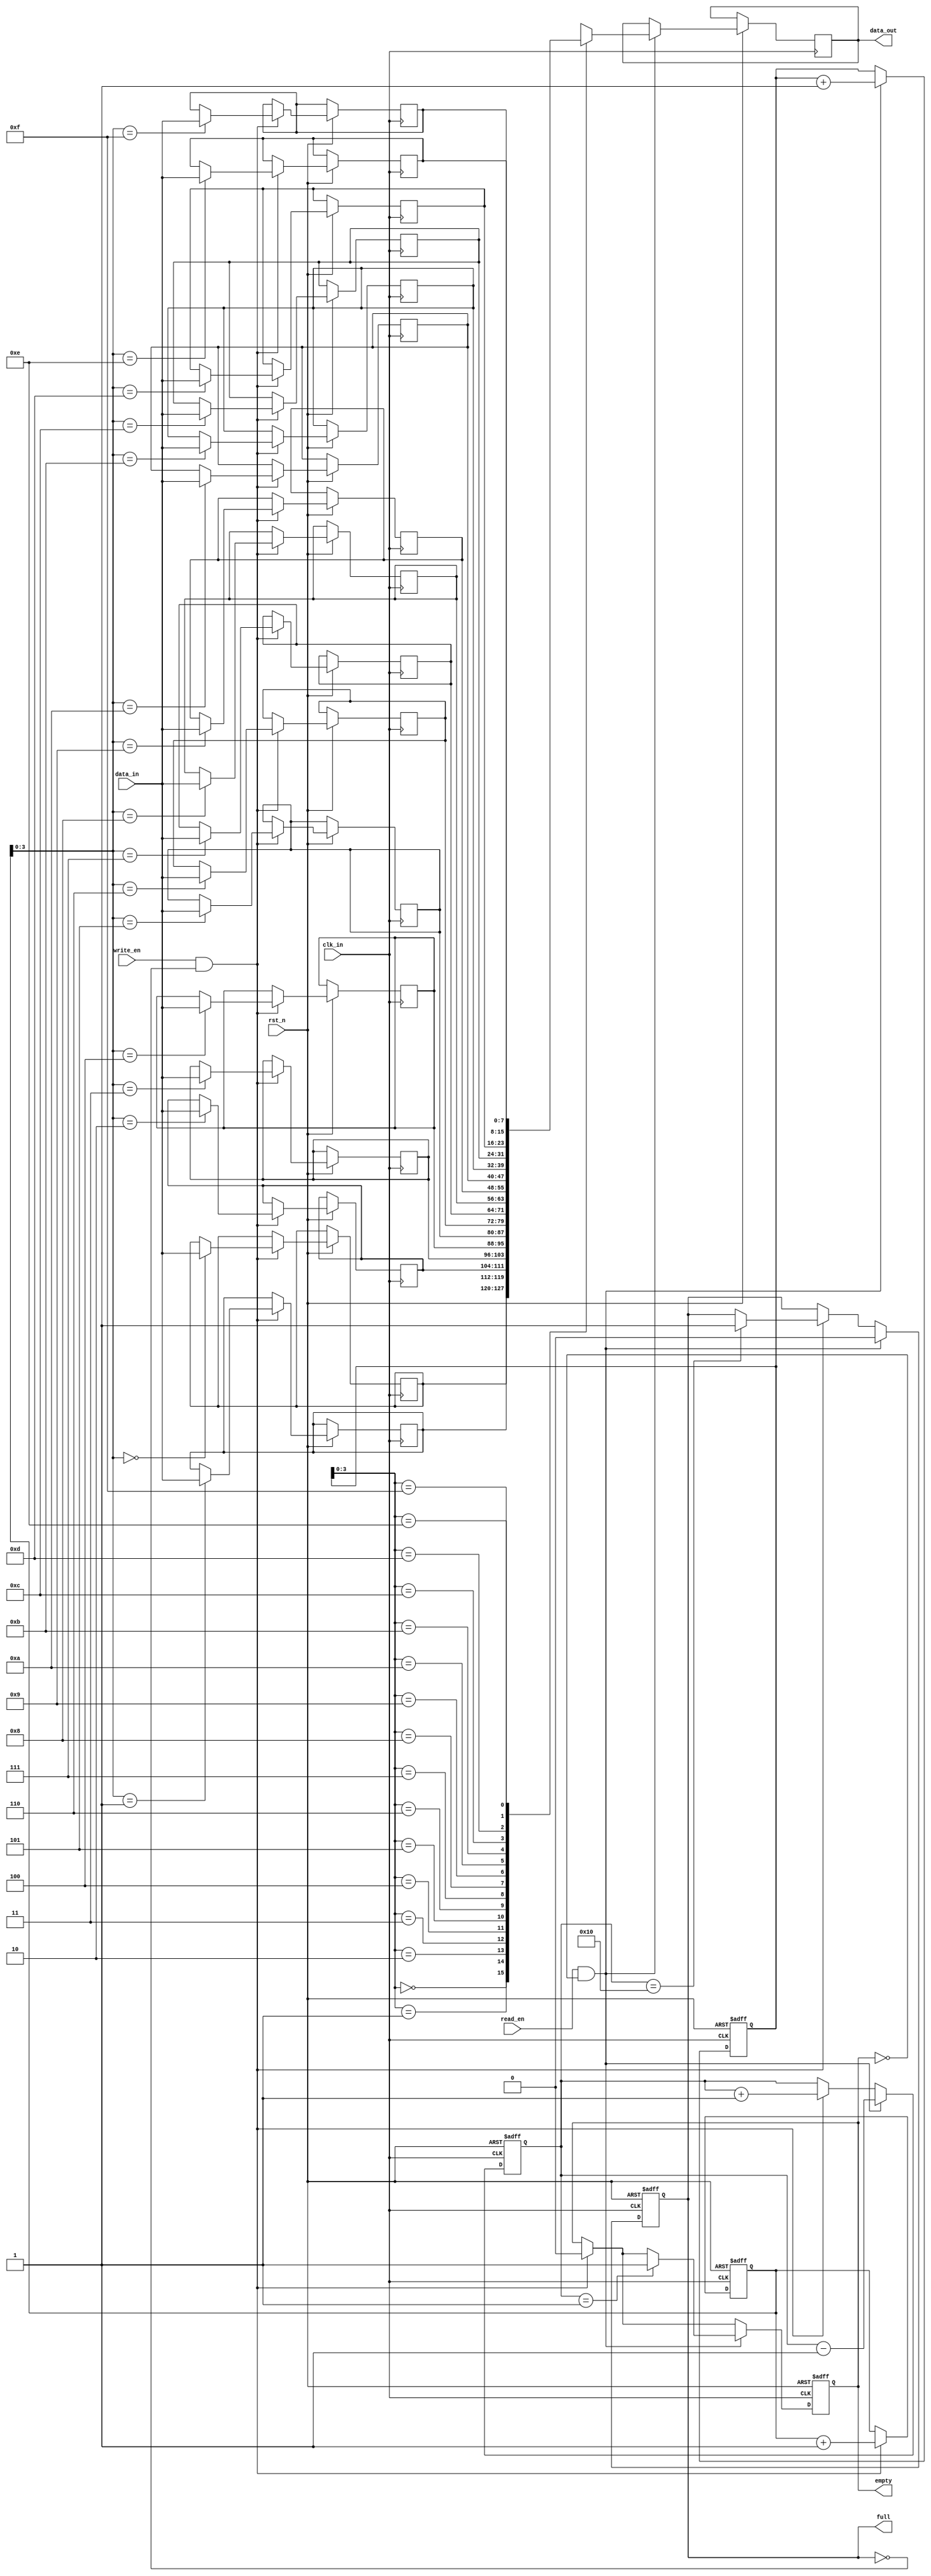
module Last_Word_Fall_Through_FIFO (
    input clk_in,
    input rst_n,
    input [DATA_WIDTH-1:0] data_in,
    input write_en,
    input read_en,
    output reg [DATA_WIDTH-1:0] data_out,
    output reg empty,
    output reg full
);

parameter DATA_WIDTH = 8;
parameter DEPTH = 16;

reg [DATA_WIDTH-1:0] fifo [DEPTH-1:0];
reg [DEPTH-1:0] write_ptr, read_ptr;
reg [DEPTH-1:0] count;

always @ (posedge clk_in or negedge rst_n) begin
    if (~rst_n) begin
        write_ptr <= 0;
        read_ptr <= 0;
        count <= 0;
        empty <= 1;
        full <= 0;
    end else begin
        if (write_en && ~full) begin
            fifo[write_ptr] <= data_in;
            write_ptr <= write_ptr + 1;
            count <= count + 1;
            empty <= 0;
            if (count == DEPTH)
                full <= 1;
        end
        
        if (read_en && ~empty) begin
            data_out <= fifo[read_ptr];
            read_ptr <= read_ptr + 1;
            count <= count - 1;
            full <= 0;
            if (count == 1)
                empty <= 1;
        end
    end
end

endmodule